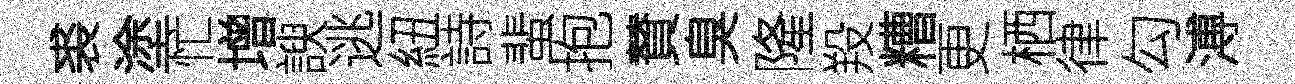
裘塗忙增諛逃紐詩蜚抱賛臭隆羖糟更栖律勾溥